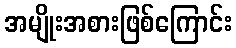
အမျိုးအစားဖြစ်ကြောင်း